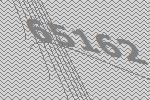
65162